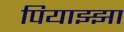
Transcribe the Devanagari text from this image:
पियाझ्झा